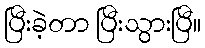
ပြီးခဲ့တာ ပြီးသွားပြီ။